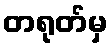
တရုတ်မှ